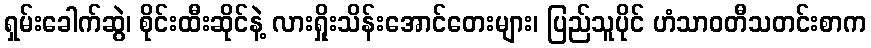
ရှမ်းခေါက်ဆွဲ၊ စိုင်းထီးဆိုင်နဲ့ လားရှိုးသိန်းအောင်တေးများ၊ ပြည်သူပိုင် ဟံသာဝတီသတင်းစာက